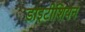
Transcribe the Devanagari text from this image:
डाइटीशियन